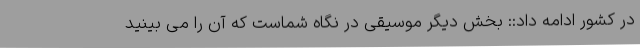
در کشور ادامه داد:: بخش دیگر موسیقی در نگاه شماست که آن را می بینید